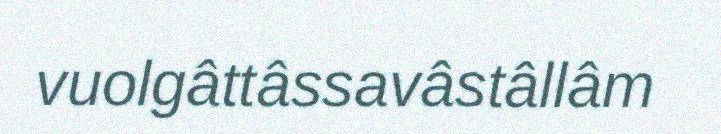
vuolgâttâssavâstâllâm